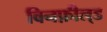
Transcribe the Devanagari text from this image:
विनफ़ील्‌ड